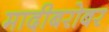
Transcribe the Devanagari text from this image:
मादीबरोबर